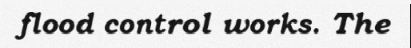
flood control works. The